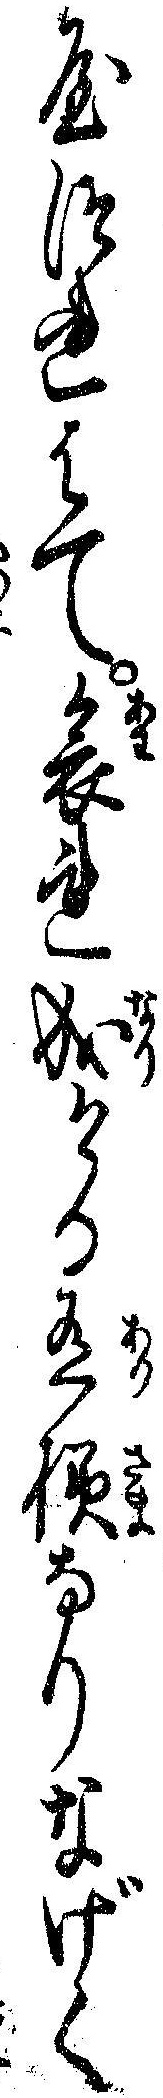
やつれはて哀れ成ける有様なりなげく